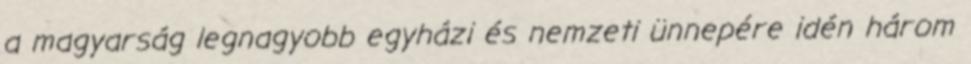
a magyarság legnagyobb egyházi és nemzeti ünnepére idén három